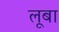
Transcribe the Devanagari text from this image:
लूबा